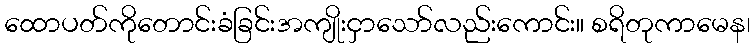
ထောပတ်ကိုတောင်းခံခြင်းအကျိုးငှာသော်လည်းကောင်း။ စရိတုကာမေန၊